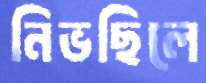
নিভছিলে